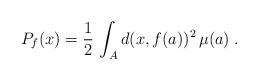
LaTeX: \begin{align*}P_f(x)=\frac{1}{2}\,\int_Ad(x,f(a))^2\,\mu(a)\;.\end{align*}